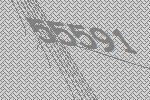
55591